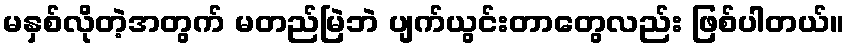
မနှစ်လိုတဲ့အတွက် မတည်မြဲဘဲ ပျက်ယွင်းတာတွေလည်း ဖြစ်ပါတယ်။